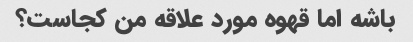
باشه اما قهوه مورد علاقه من کجاست؟